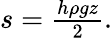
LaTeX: \begin{array}{r}{s={\frac{h\rho gz}{2}}.}\end{array}